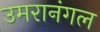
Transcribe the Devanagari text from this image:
उमरानंगल